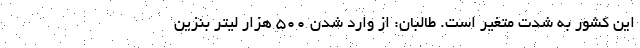
این کشور به شدت متغیر است. طالبان: از وارد شدن ۵۰۰ هزار لیتر بنزین